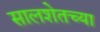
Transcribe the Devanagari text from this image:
सालशेतच्या